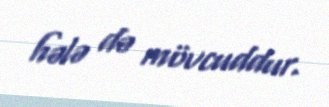
hələ də mövcuddur.